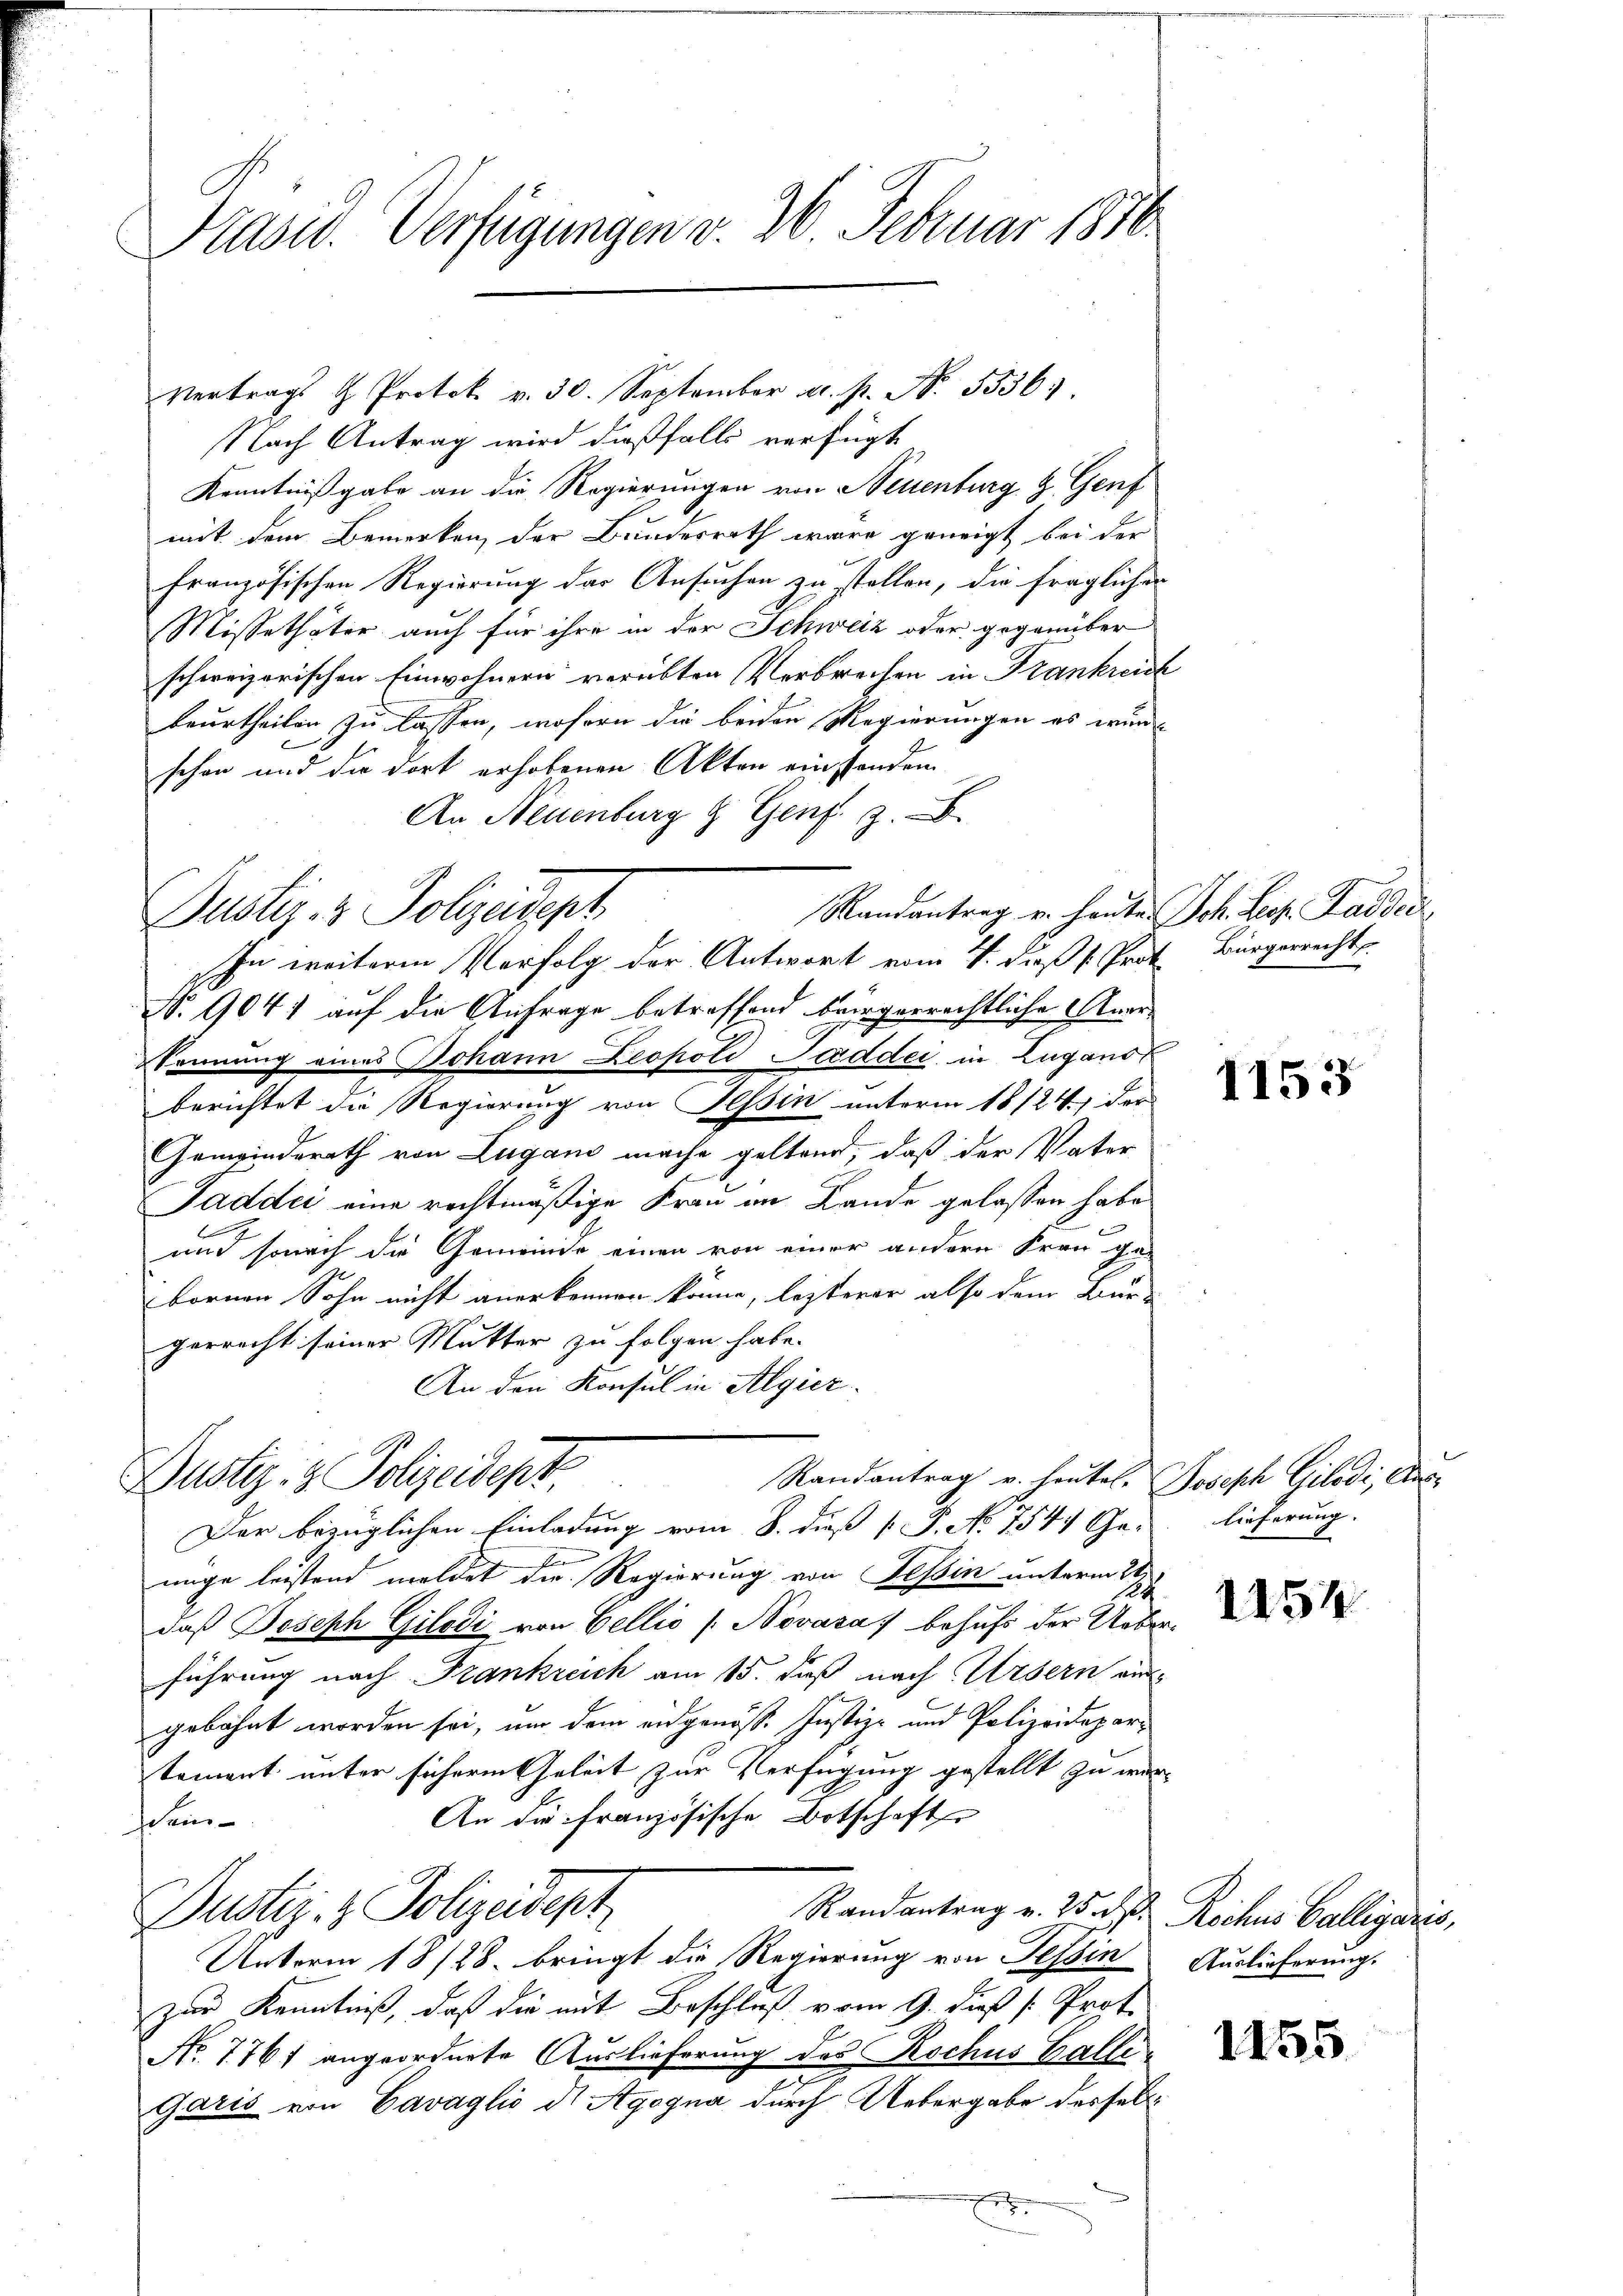
Präsid. Verfügungen v. 26. Februar 1870

Randantrag u. heutel, Joseph Gilodi, Aus¬
Dustiz- & Polizeidept,
e

Vertrags  Protok. v. 30. September a. p. N. 53363.
Nach Antrag wird dießfalls verfügt
Kenntnißgabe an die Regierungen von Neuenburg z. Genf
mit dem Bemerken der Bundesrath wäre geneigt bei der
tenden
französischen Regierung der Ansuchen zu stellen, die fraglichen
Missethäter auch für ihre in der Schweiz oder gegenüber
schweizerischen Einwohnern verübten Verbrechen in Frankreich
beurtheilen zu lassen, wofern die beiden Regierungen es wurschon und die dort erhobenen Akten empfanden.
An Neuenburg & Genf z.
Randantrag u. heute Joh. Lit. Gaddel,
Justiz- & Polizeidept
In weiteren Verfolg der Antwort vom 1. daß v. Prot. Bürgerrecht
No 9041 auf die Anfrage betreffend beergerrechtliche Anerkennung eines Johann Leopold Paddei, in Zugano
berichtet die Regierung von Tessin unterm 18/24) der
Gemeinderath von Lugano mache geltend, daß der Vater
n
Taddii eine rechtmäßige Frau im Lande gelassen habe
und sonach die Gemeinde einen von einer andere Frau ge-
bornen Sohn nicht anerkennen könne, lezterer also dem Bur-
gerrecht seiner Mutter zu folgen habe.
An den Konsul in Algier

Der bezüglichen Einladung vom 8. dieß [ P. No 754) Ge-
A
nige leistend meldet die Regierung von Tessin unterm 17
daß Joseph Gilodi von Bellio (Novása behufs der Ueberführung nach Frankreich am 15. daß nach Ursern aus
gebahnt worden sei, um dem eidgenöss. Justiz- und Polizeidepartoment unter sicherm Geleit zur Verfügung gestellt zu wer-
An die französische Botschaft
Sein
Puster- & Polizeidept
Randantrag v. 25. d. Rochus Balligaris,
Unterm 18/28. bringt die Regierung von Tessin
zur Kenntniß, daß die mit Beschluß vom 9. Fuß [ Prof.
No. 776 angeordnete Auslieferung des Rochus Galli¬
Garis von Cavaglio it Agogna durch Uebergabe dessel¬

l

1153

lieferung.

1254

Auslieferung.

1155